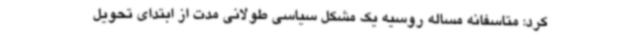
کرد: متاسفانه مساله روسیه یک مشکل سیاسی طولانی مدت از ابتدای تحویل